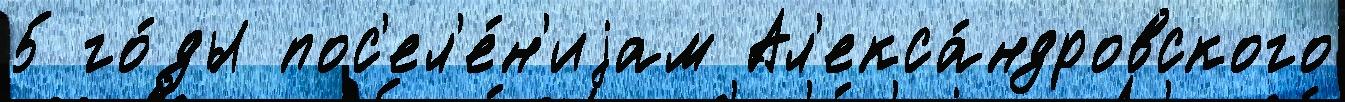
5 го́ды пос'ел'е́н'иjам Ал'екса́ндровского